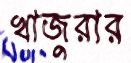
খাজুরার